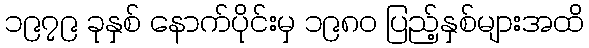
၁၉၇၉ ခုနှစ် နောက်ပိုင်းမှ ၁၉၈၀ ပြည့်နှစ်များအထိ